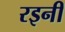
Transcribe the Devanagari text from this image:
रइनी